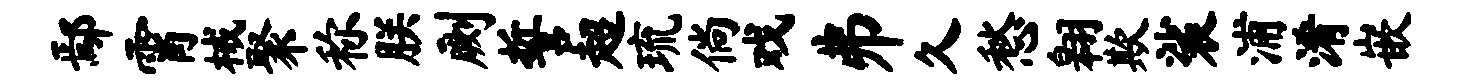
鄢霄械聚称朕劂誓超琉倘戏井久愁翱欺裟浦淆嵌